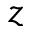
z